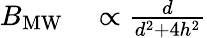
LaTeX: \begin{array}{rl}{B_{\mathrm{MW}}}&{{}\propto\frac{d}{d^{2}+4h^{2}}}\end{array}